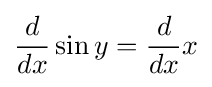
{d \over dx}\sin y={d \over dx}x